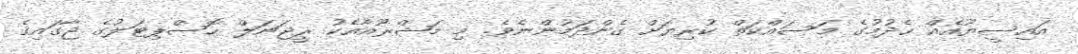
އައިސީޔޫއެއް ހެދުމުގެ މަސައްކަތް ކުރިޔަށް ގެންދަމުންނެވެ. މި މަޝްރޫއާއެކު ރީޖަނަލް ހޮސްޕިޓަލުގެ ޖާގައިގެ